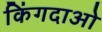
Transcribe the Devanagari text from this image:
किंगदाओ